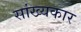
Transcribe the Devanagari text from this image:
सांख्यकार